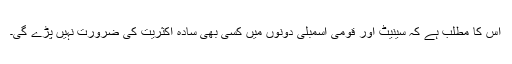
اس کا مطلب ہے کہ سینیٹ اور قومی اسمبلی دونوں میں کسی بھی سادہ اکثریت کی ضرورت نہیں پڑے گی۔